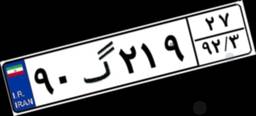
۹۰گ۲۱۹۲۷